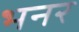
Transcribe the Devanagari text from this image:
भनर